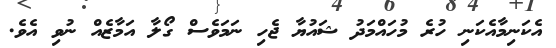
އެކަނިމާއެކަނި ހުރެ މުހައްމަދު ޝައުޔާ ޖެހި ނަމަވެސް ގޯލާ އަމާޒެއް ނުވި އެވެ.